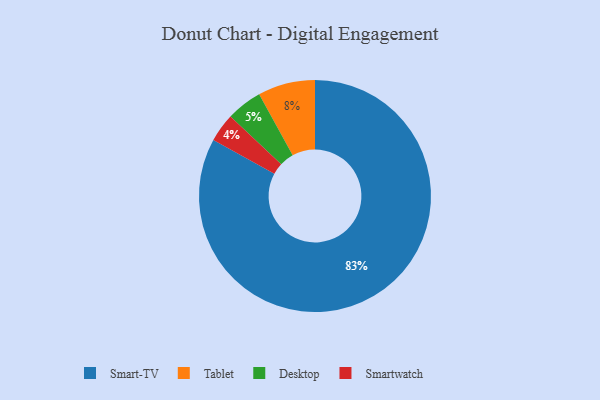
{"axis": {"x": "Category", "y": "Percentage"}, "legend": ["Desktop", "Smart-TV", "Smartwatch", "Tablet"], "data": [{"x": "Desktop", "y": 5, "type": "Desktop"}, {"x": "Tablet", "y": 8, "type": "Tablet"}, {"x": "Smart-TV", "y": 83, "type": "Smart-TV"}, {"x": "Smartwatch", "y": 4, "type": "Smartwatch"}]}